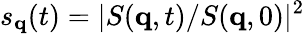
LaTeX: s_{\mathbf{q}}(t)=|S(\mathbf{q},t)/S(\mathbf{q},0)|^{2}